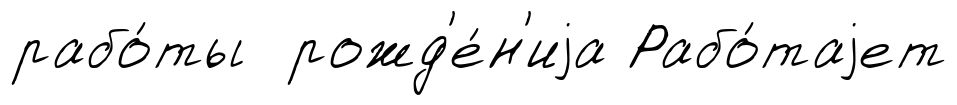
рабо́ты рожд'е́н'иjа Рабо́таjет